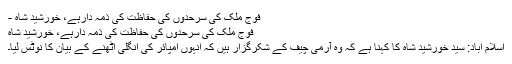
فوج ملک کی سرحدوں کی حفاظت کی ذمہ دارہے، خورشید شاہ -
فوج ملک کی سرحدوں کی حفاظت کی ذمہ دارہے، خورشید شاہ
اسلام آباد: سید خورشید شاہ کا کہنا ہے کہ وہ آرمی چیف کے شکرگزار ہیں کہ انہوں امپائر کی انگلی اٹھنے کے بیان کا نوٹس لیا۔